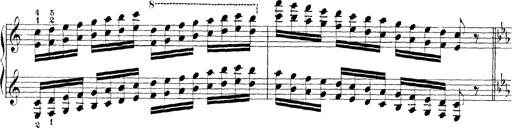
Title: Technische Studien
Composer: Franz Liszt